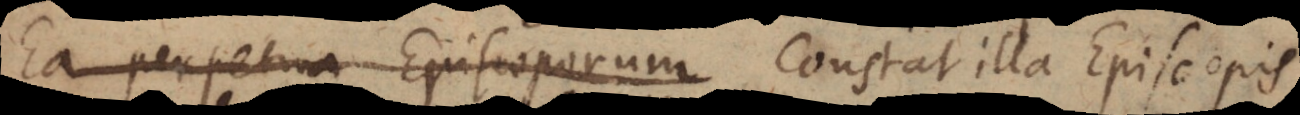
Ea perpetua Episcoporum Constat illa Episcopis